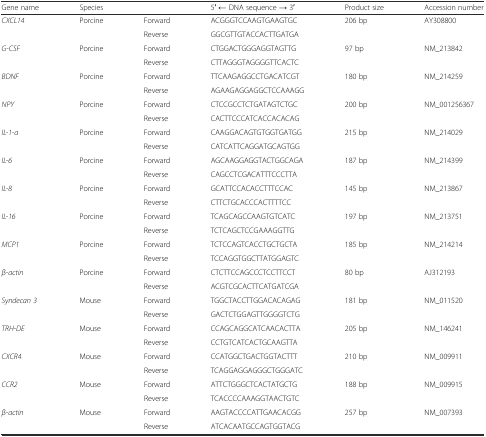
<table><thead><tr><td><b>Gene name</b></td><td><b>Species</b></td><td></td><td><b>5′ ← DNA sequence → 3′</b></td><td><b>Product size</b></td><td><b>Accession number</b></td></tr></thead><tbody><tr><td rowspan="2"><i>CXCL14</i></td><td rowspan="2">Porcine</td><td>Forward</td><td>ACGGGTCCAAGTGAAGTGC</td><td rowspan="2">206 bp</td><td rowspan="2">AY308800</td></tr><tr><td>Reverse</td><td>GGCGTTGTACCACTTGATGA</td></tr><tr><td rowspan="2"><i>G-CSF</i></td><td rowspan="2">Porcine</td><td>Forward</td><td>CTGGACTGGGAGGTAGTTG</td><td rowspan="2">97 bp</td><td rowspan="2">NM_213842</td></tr><tr><td>Reverse</td><td>CTTAGGGTAGGGGTTCACTC</td></tr><tr><td rowspan="2"><i>BDNF</i></td><td rowspan="2">Porcine</td><td>Forward</td><td>TTCAAGAGGCCTGACATCGT</td><td rowspan="2">180 bp</td><td rowspan="2">NM_214259</td></tr><tr><td>Reverse</td><td>AGAAGAGGAGGCTCCAAAGG</td></tr><tr><td rowspan="2"><i>NPY</i></td><td rowspan="2">Porcine</td><td>Forward</td><td>CTCCGCCTCTGATAGTCTGC</td><td rowspan="2">200 bp</td><td rowspan="2">NM_001256367</td></tr><tr><td>Reverse</td><td>CACTTCCCATCACCACACAG</td></tr><tr><td rowspan="2"><i>IL-1-a</i></td><td rowspan="2">Porcine</td><td>Forward</td><td>CAAGGACAGTGTGGTGATGG</td><td rowspan="2">215 bp</td><td rowspan="2">NM_214029</td></tr><tr><td>Reverse</td><td>CATCATTCAGGATGCAGTGG</td></tr><tr><td rowspan="2"><i>IL-6</i></td><td rowspan="2">Porcine</td><td>Forward</td><td>AGCAAGGAGGTACTGGCAGA</td><td rowspan="2">187 bp</td><td rowspan="2">NM_214399</td></tr><tr><td>Reverse</td><td>CAGCCTCGACATTTCCCTTA</td></tr><tr><td rowspan="2"><i>IL-8</i></td><td rowspan="2">Porcine</td><td>Forward</td><td>GCATTCCACACCTTTCCAC</td><td rowspan="2">145 bp</td><td rowspan="2">NM_213867</td></tr><tr><td>Reverse</td><td>CTTCTGCACCCACTTTTCC</td></tr><tr><td rowspan="2"><i>IL-16</i></td><td rowspan="2">Porcine</td><td>Forward</td><td>TCAGCAGCCAAGTGTCATC</td><td rowspan="2">197 bp</td><td rowspan="2">NM_213751</td></tr><tr><td>Reverse</td><td>TCTCAGCTCCGAAAGGTTG</td></tr><tr><td rowspan="2"><i>MCP1</i></td><td rowspan="2">Porcine</td><td>Forward</td><td>TCTCCAGTCACCTGCTGCTA</td><td rowspan="2">185 bp</td><td rowspan="2">NM_214214</td></tr><tr><td>Reverse</td><td>TCCAGGTGGCTTATGGAGTC</td></tr><tr><td rowspan="2"><i>β-actin</i></td><td rowspan="2">Porcine</td><td>Forward</td><td>CTCTTCCAGCCCTCCTTCCT</td><td rowspan="2">80 bp</td><td rowspan="2">AJ312193</td></tr><tr><td>Reverse</td><td>ACGTCGCACTTCATGATCGA</td></tr><tr><td rowspan="2"><i>Syndecan 3</i></td><td rowspan="2">Mouse</td><td>Forward</td><td>TGGCTACCTTGGACACAGAG</td><td rowspan="2">181 bp</td><td rowspan="2">NM_011520</td></tr><tr><td>Reverse</td><td>GACTCTGGAGTTGGGGTCTG</td></tr><tr><td rowspan="2"><i>TRH-DE</i></td><td rowspan="2">Mouse</td><td>Forward</td><td>CCAGCAGGCATCAACACTTA</td><td rowspan="2">205 bp</td><td rowspan="2">NM_146241</td></tr><tr><td>Reverse</td><td>CCTGTCATCACTGCAAGTTA</td></tr><tr><td rowspan="2"><i>CXCR4</i></td><td rowspan="2">Mouse</td><td>Forward</td><td>CCATGGCTGACTGGTACTTT</td><td rowspan="2">210 bp</td><td rowspan="2">NM_009911</td></tr><tr><td>Reverse</td><td>TCAGGAGGAGGGCTGGGATC</td></tr><tr><td rowspan="2"><i>CCR2</i></td><td rowspan="2">Mouse</td><td>Forward</td><td>ATTCTGGGCTCACTATGCTG</td><td rowspan="2">188 bp</td><td rowspan="2">NM_009915</td></tr><tr><td>Reverse</td><td>TCACCCCAAAGGTAACTGTC</td></tr><tr><td rowspan="2"><i>β-actin</i></td><td rowspan="2">Mouse</td><td>Forward</td><td>AAGTACCCCATTGAACACGG</td><td rowspan="2">257 bp</td><td rowspan="2">NM_007393</td></tr><tr><td>Reverse</td><td>ATCACAATGCCAGTGGTACG</td></tr></tbody></table>